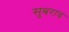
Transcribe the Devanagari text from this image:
सुबराव